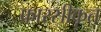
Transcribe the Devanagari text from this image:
फ़ारसीकृत